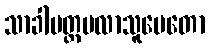
သာခါပတ္တပလာသူပေတော